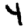
Digit: 4